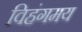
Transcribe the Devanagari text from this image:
विहंगमय